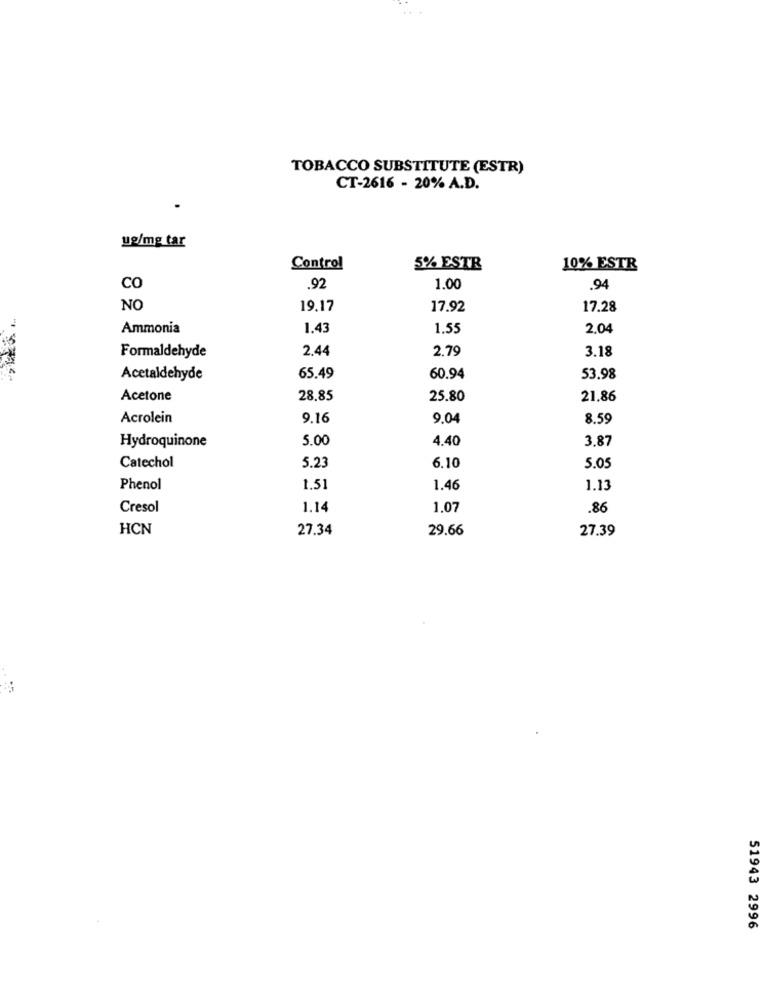
TOBACCO SUBSTITUTE (ESTR)
CT-2616 - 20% A.D.
ug/mg tar
Control
5% ESTE
10% ESTR
CO
.92
1.00
.94
NO
19,17
17.92
17.28
Ammonia
1.43
1.55
2,04
2.44
2.79
3.18
Formaldehyde
Acetaldehyde
65.49
60.94
53.98
Acetone
28.85
25.80
21.86
Acrolein
9.16
9.04
8.59
5.00
4.40
3.87
Hydroquinone
5.23
Catechol
6.10
5.05
Phenol
1.51
1.46
1.13
Cresol
1.14
1.07
.86
HCN
27.34
29.66
27.39
51943 2996